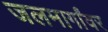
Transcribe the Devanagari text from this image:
जलमार्गांवर